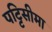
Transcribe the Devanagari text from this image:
पट्टिसीमा